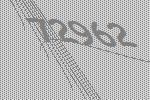
72962